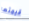
قيمتها